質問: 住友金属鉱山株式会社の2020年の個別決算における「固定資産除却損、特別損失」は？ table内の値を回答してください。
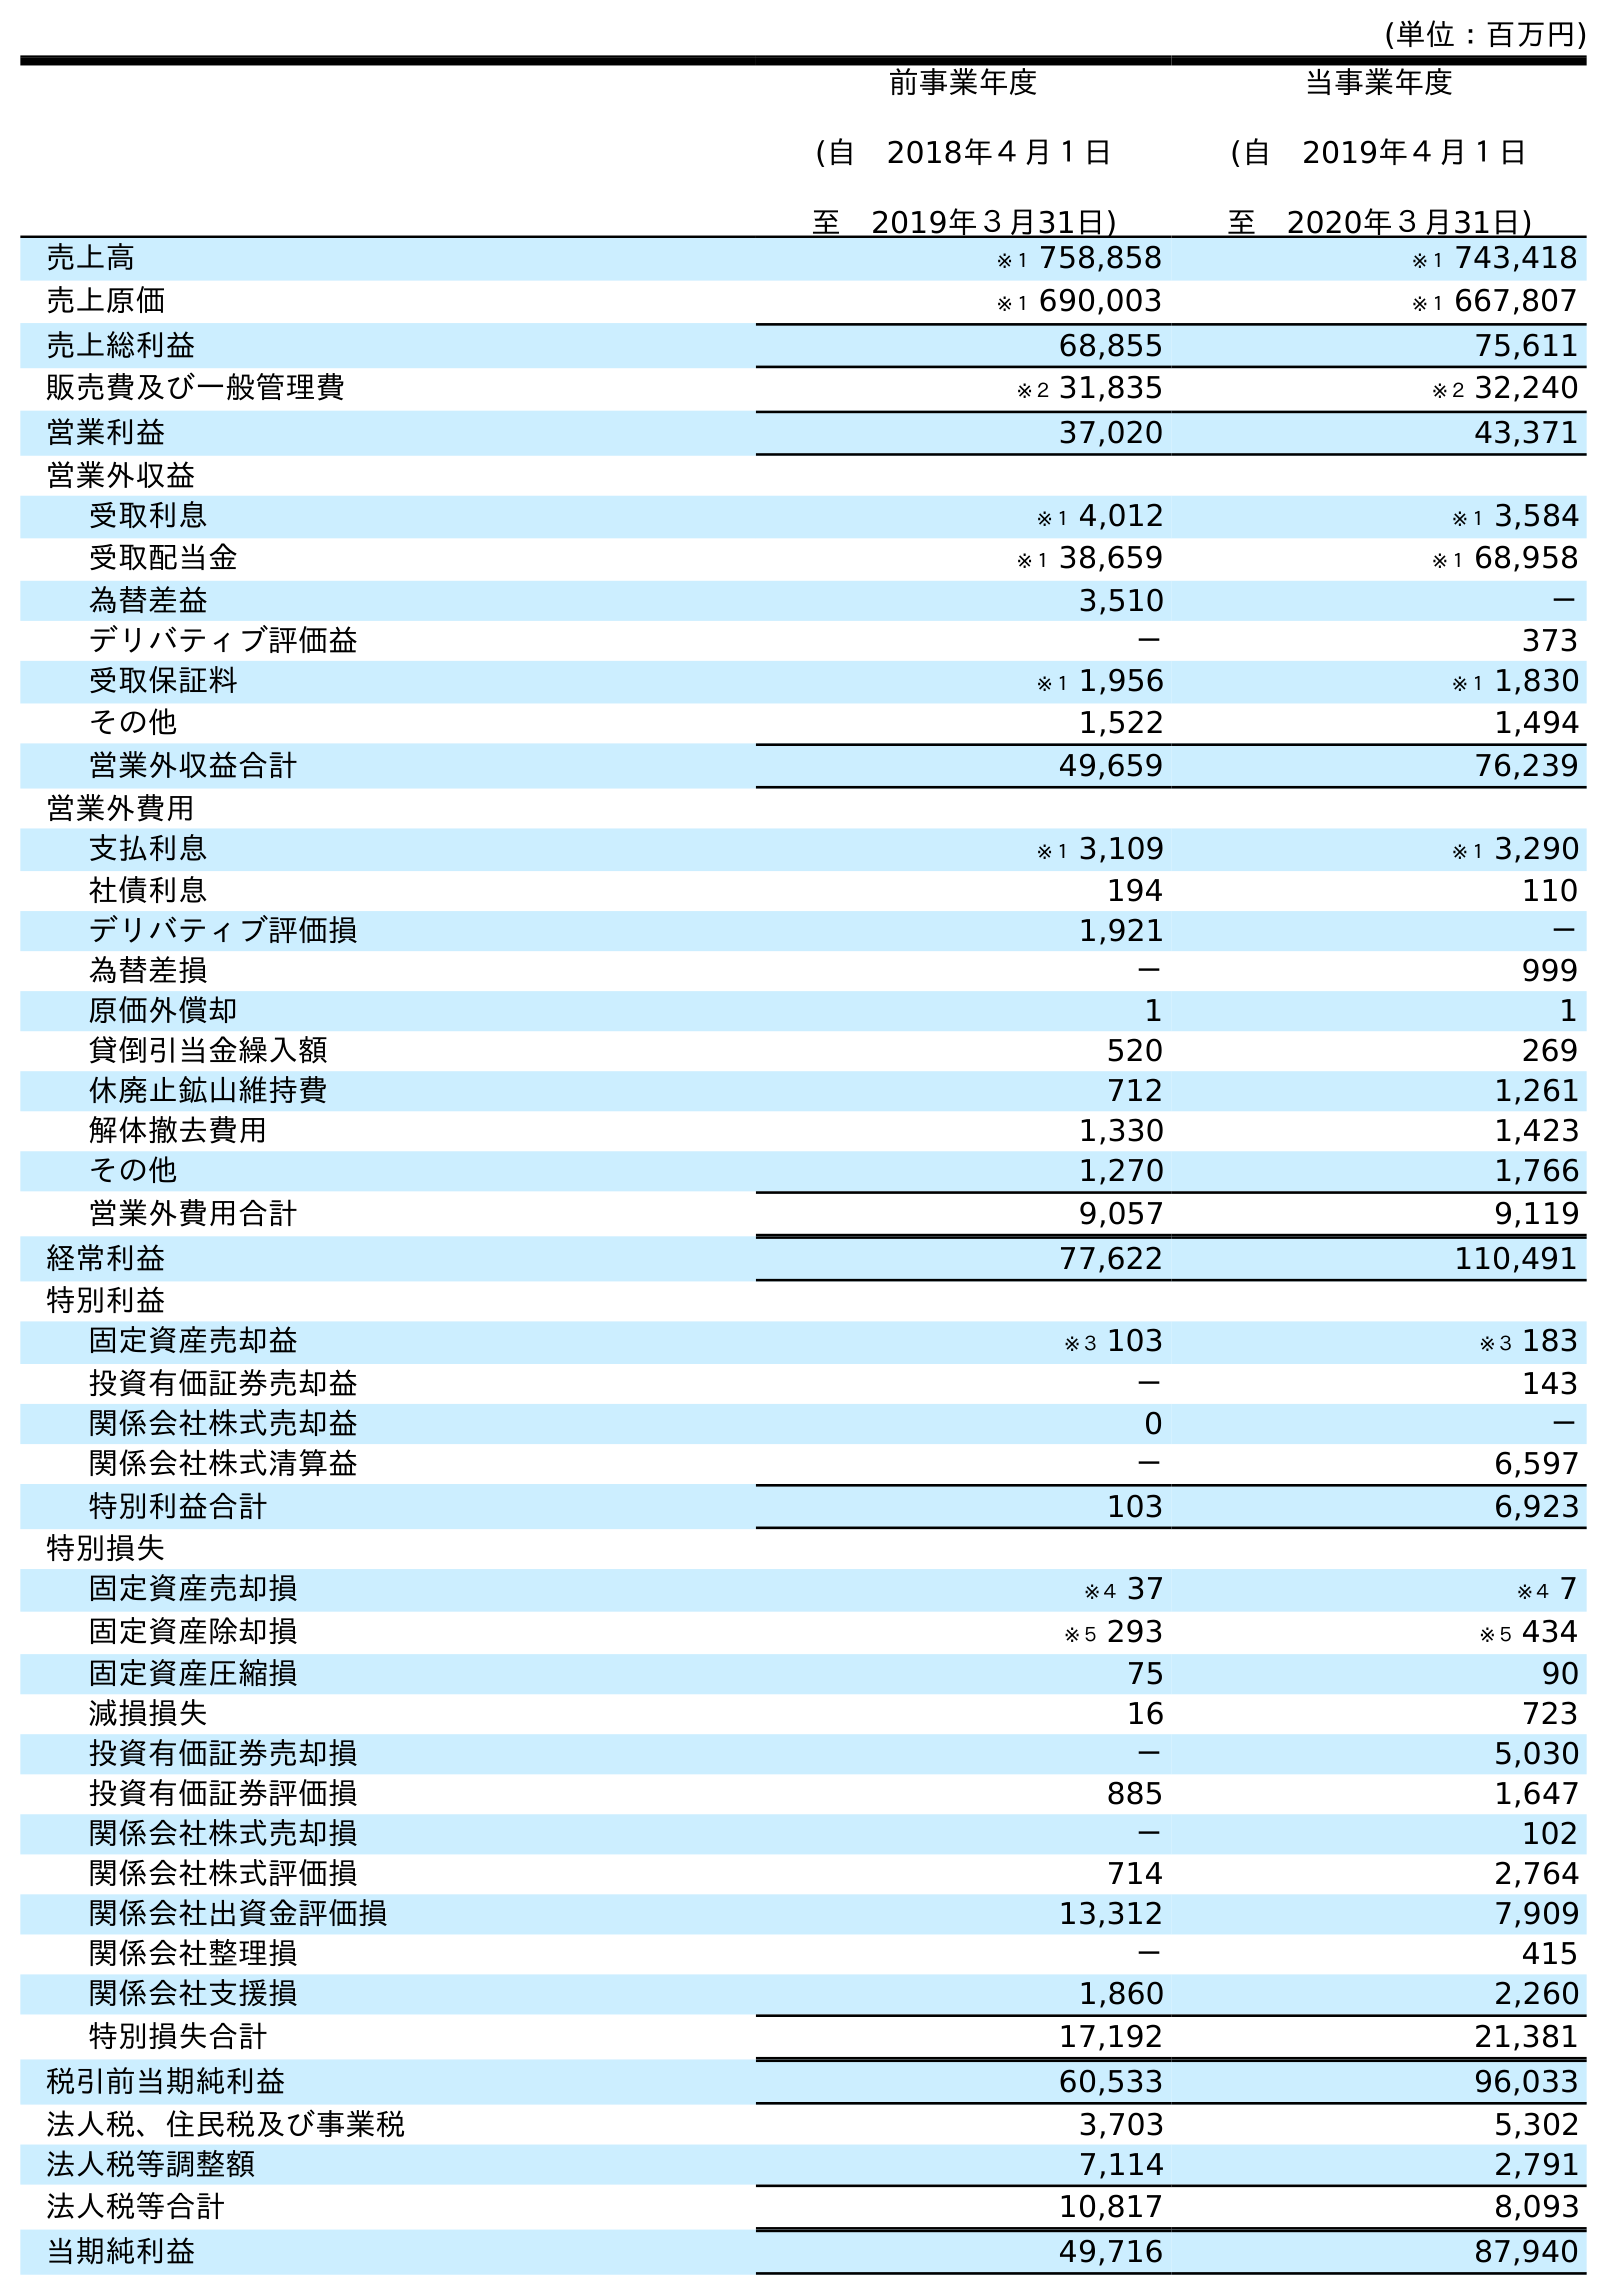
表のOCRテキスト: (単位：百万円) 前事業年度 (自 2018年４月１日 至 2019年３月31日) 当事業年度 (自 2019年４月１日 至 2020年３月31日) 売上高 ※１ 758,858 ※１ 743,418 売上原価 ※１ 690,003 ※１ 667,807 売上総利益 68,855 75,611 販売費及び一般管理費 ※２ 31,835 ※２ 32,240 営業利益 37,020 43,371 営業外収益 受取利息 ※１ 4,012 ※１ 3,584 受取配当金 ※１ 38,659 ※１ 68,958 為替差益 3,510 － デリバティブ評価益 － 373 受取保証料 ※１ 1,956 ※１ 1,830 その他 1,522 1,494 営業外収益合計 49,659 76,239 営業外費用 支払利息 ※１ 3,109 ※１ 3,290 社債利息 194 110 デリバティブ評価損 1,921 － 為替差損 － 999 原価外償却 1 1 貸倒引当金繰入額 520 269 休廃止鉱山維持費 712 1,261 解体撤去費用 1,330 1,423 その他 1,270 1,766 営業外費用合計 9,057 9,119 経常利益 77,622 110,491 特別利益 固定資産売却益 ※３ 103 ※３ 183 投資有価証券売却益 － 143 関係会社株式売却益 0 － 関係会社株式清算益 － 6,597 特別利益合計 103 6,923 特別損失 固定資産売却損 ※４ 37 ※４ 7 固定資産除却損 ※５ 293 ※５ 434 固定資産圧縮損 75 90 減損損失 16 723 投資有価証券売却損 － 5,030 投資有価証券評価損 885 1,647 関係会社株式売却損 － 102 関係会社株式評価損 714 2,764 関係会社出資金評価損 13,312 7,909 関係会社整理損 － 415 関係会社支援損 1,860 2,260 特別損失合計 17,192 21,381 税引前当期純利益 60,533 96,033 法人税、住民税及び事業税 3,703 5,302 法人税等調整額 7,114 2,791 法人税等合計 10,817 8,093 当期純利益 49,716 87,940
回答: ※５434